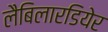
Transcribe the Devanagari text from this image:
लैबिलारडियेर